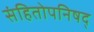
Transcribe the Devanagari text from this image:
संहितोपनिषद्